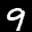
Label: 9